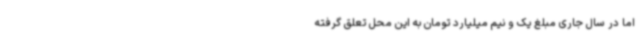
اما در سال جاری مبلغ یک و نیم میلیارد تومان به این محل تعلق گرفته